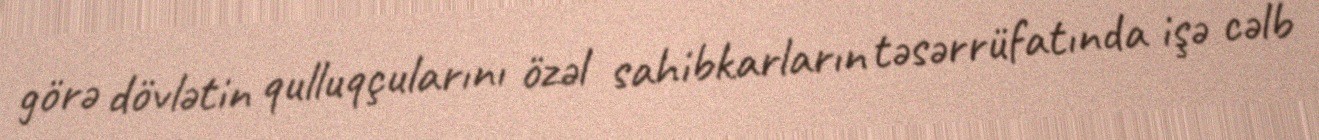
görə dövlətin qulluqçularını özəl sahibkarların təsərrüfatında işə cəlb